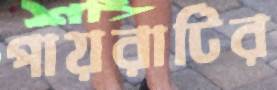
পায়রাটির